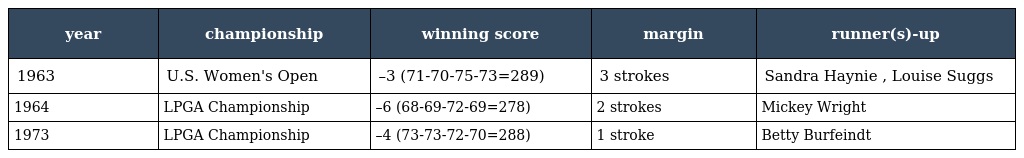
| year | championship | winning score | margin | runner(s)-up |
 | --- | --- | --- | --- | --- |
 | 1963 | U.S. Women's Open | –3 (71-70-75-73=289) | 3 strokes | Sandra Haynie , Louise Suggs |
 | 1964 | LPGA Championship | –6 (68-69-72-69=278) | 2 strokes | Mickey Wright |
 | 1973 | LPGA Championship | –4 (73-73-72-70=288) | 1 stroke | Betty Burfeindt |